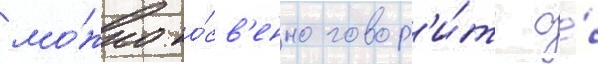
мо́жно ко́св'енно говор'и́ть о́